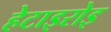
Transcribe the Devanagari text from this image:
हेटाइरोइ